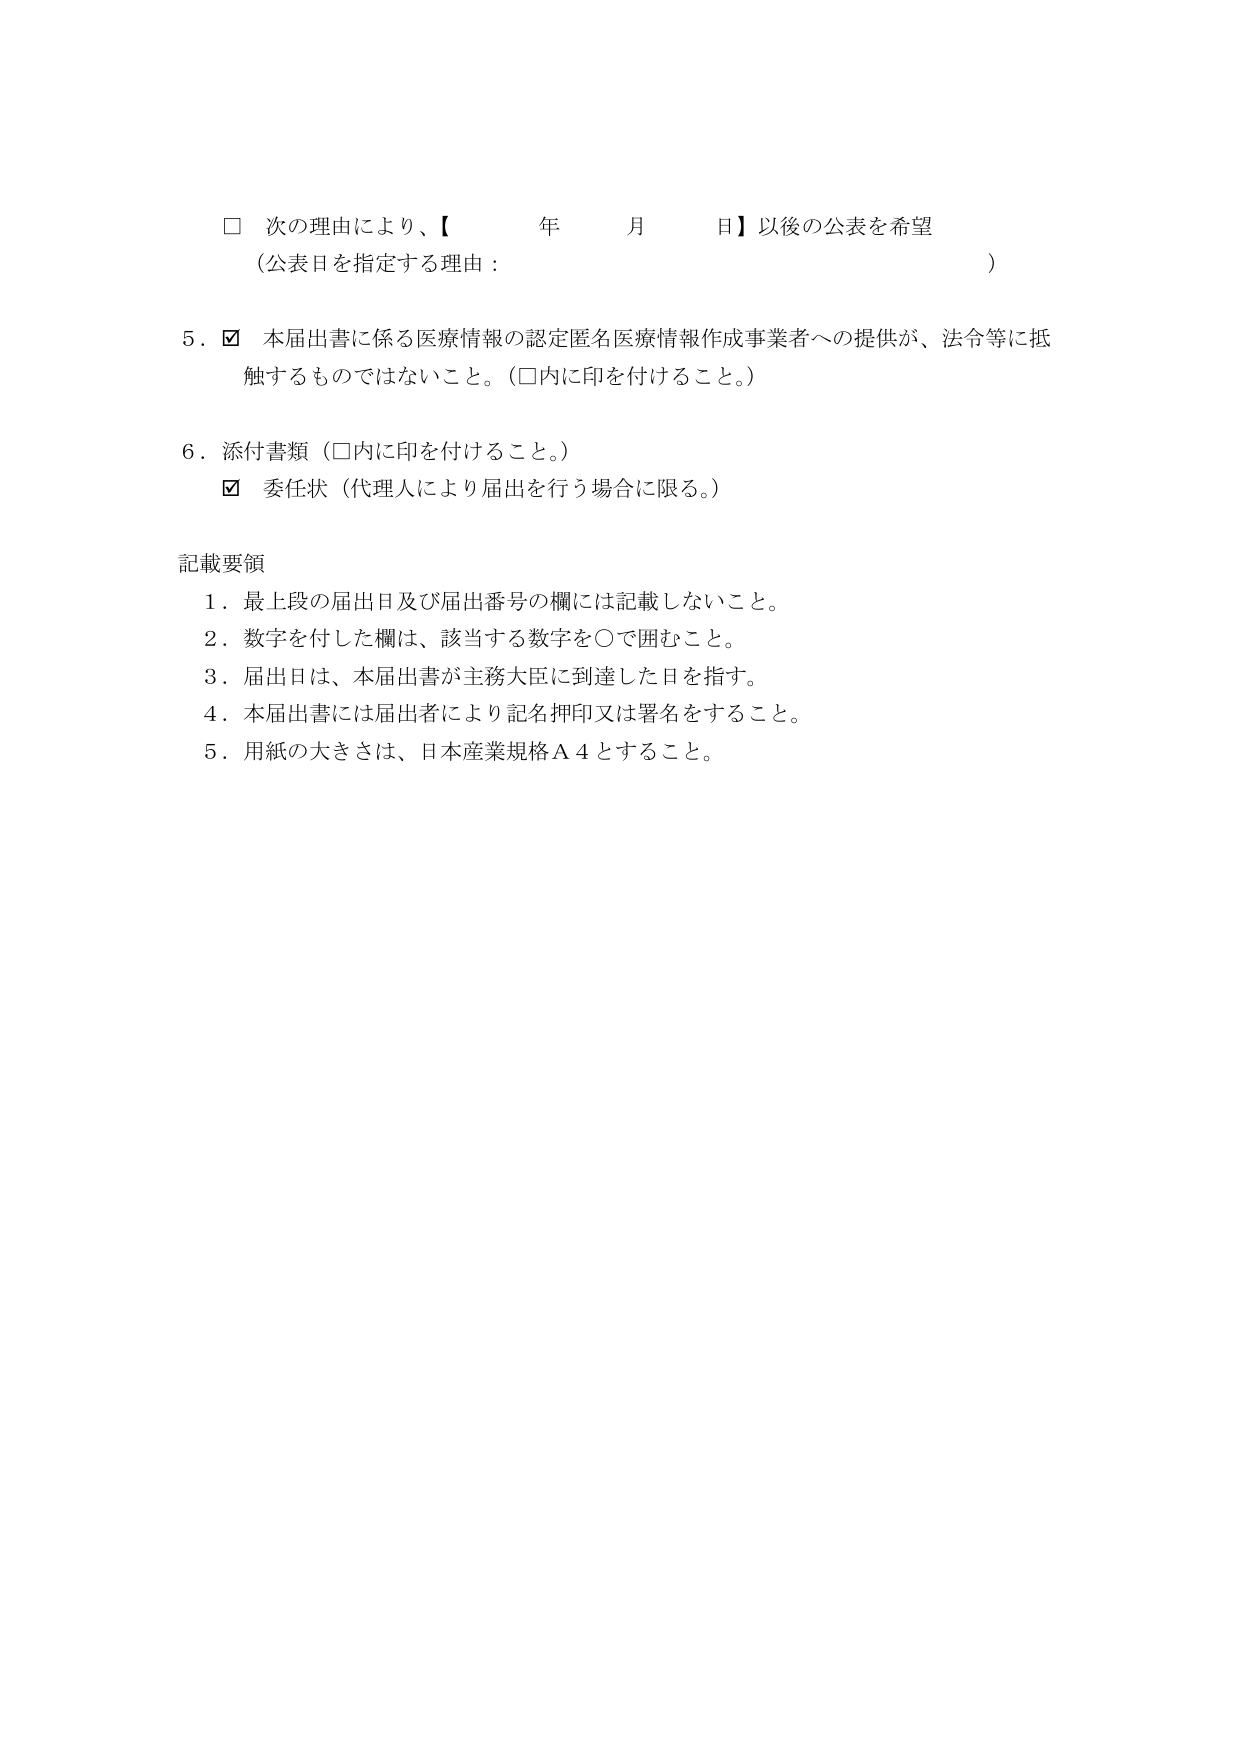
□ 次の理由により、【　　　年　　　月　　　日】以後の公表を希望
（公表日を指定する理由：　　　　　　　　　　　　　　　　　　　　）

5．☑ 本届出書に係る医療情報の認定匿名医療情報作成事業者への提供が、法令等に抵触するものではないこと。（□内に印を付けること。）

6．添付書類（□内に印を付けること。）
　　☑ 委任状（代理人により届出を行う場合に限る。）

記載要領
1．最上段の届出日及び届出番号の欄には記載しないこと。
2．数字を付した欄は、該当する数字を○で囲むこと。
3．届出日は、本届出書が主務大臣に到達した日を指す。
4．本届出書には届出者により記名押印又は署名をすること。
5．用紙の大きさは、日本産業規格Ａ４とすること。